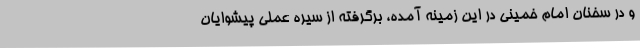
و در سخنان امام خمینی در این زمینه آمده، برگرفته از سیره عملی پیشوایان